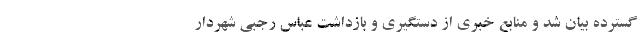
گسترده بیان شد و منابع خبری از دستگیری و بازداشت عباس رجبی شهردار